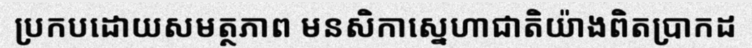
ប្រកបដោយសមត្ថភាព មនសិកាស្នេហាជាតិយ៉ាងពិតប្រាកដ